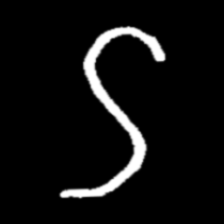
Pyu character \u2014 Myanmar letter: ဌ (romanized: ttha)